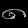
Digit: ၈